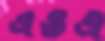
এওএ